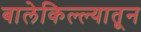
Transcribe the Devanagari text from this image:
बालेकिल्ल्यातून